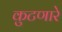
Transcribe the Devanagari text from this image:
कुटणारे